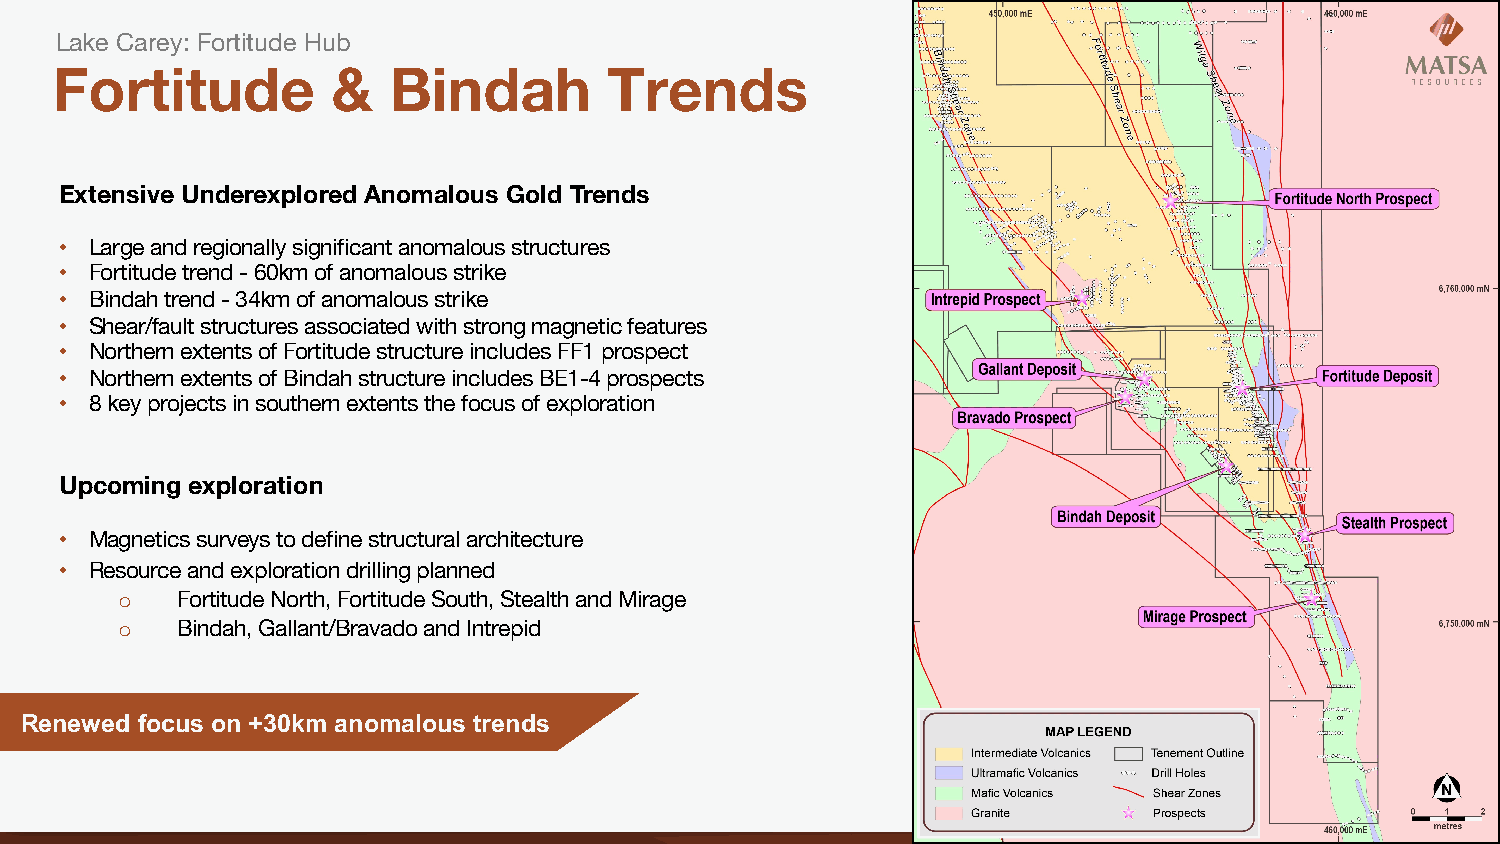
Lake Carey: Fortitude Hub
 Fortitude          &   Bindah        Trends
 Extensive Underexplored Anomalous Gold Trends
 • Large and regionally significant anomalous structures
 • Fortitude trend -60km of anomalous strike
 • Bindah trend -34km of anomalous strike
 • Shear/fault structures associated with strong magnetic features
 • Northern extents of Fortitude structure includes FF1 prospect
 • Northern extents of Bindah structure includes BE1-4 prospects
 • 8 key projects in southern extents the focus of exploration
 Upcoming exploration
 • Magnetics surveys to define structural architecture
 • Resource and exploration drilling planned
 o   Fortitude North, Fortitude South, Stealth and Mirage
 o   Bindah, Gallant/Bravado and Intrepid
 Renewed focus on +30km anomalous trends